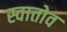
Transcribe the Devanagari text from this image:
स्वातोव